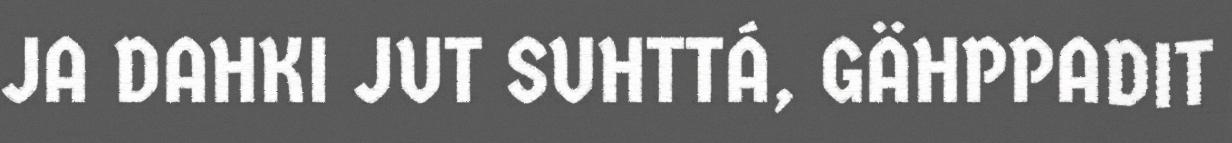
JA DAHKI JUT SUHTTÁ, GÄHPPADIT